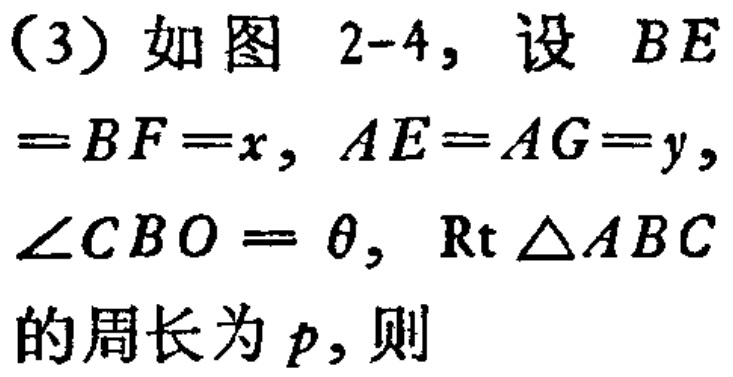
（3）如图 2-4，设 \(BE = BF = x\)，\(AE = AG = y\)，\(\angle CBO=\theta\)，\(\text{Rt}\triangle ABC\)的周长为 \(p\)，则